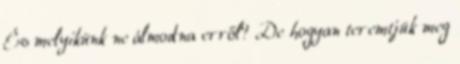
És melyikünk ne álmodna erről? De hogyan teremtjük meg